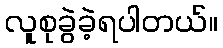
လူစုခွဲခဲ့ရပါတယ်။